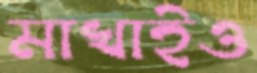
মাখাইও